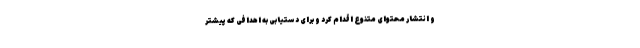
و انتشار محتوای متنوع اقدام کرد و برای دستیابی به اهدافی که پیشتر